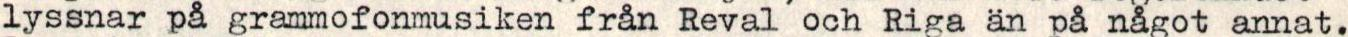
lyssnar på grammofonmusiken från Reval och Riga än på något annat.